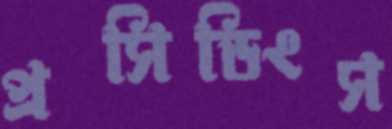
প্রসিডিংস